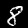
Digit: 8